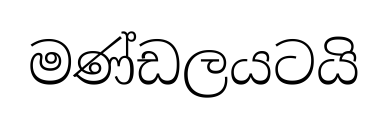
මණ්ඩලයටයි